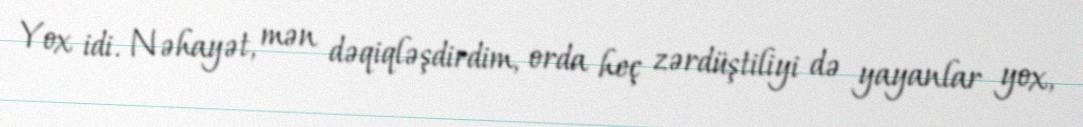
Yox idi. Nəhayət, mən dəqiqləşdirdim, orda heç zərdüştiliyi də yayanlar yox,